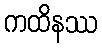
ကထိနဿ